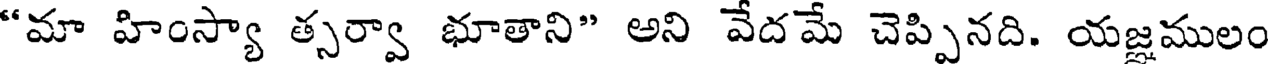
"మా హింస్యా త్సర్వా భూతాని" అని వేదమే చెప్పినది. యజ్ఞములం